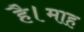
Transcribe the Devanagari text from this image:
है।माह